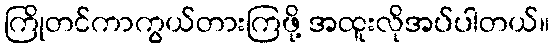
ကြိုတင်ကာကွယ်တားကြဖို့ အထူးလိုအပ်ပါတယ်။